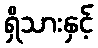
ရှိသားနှင့်